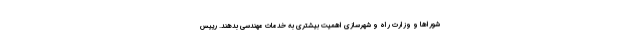
شوراها و وزارت راه و شهرسازی اهمیت بیشتری به خدمات مهندسی بدهند. رییس